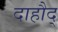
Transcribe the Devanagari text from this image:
दाहौद्